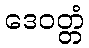
ဒေဝတ္တံ